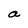
Character: a